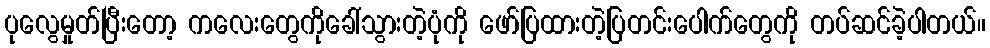
ပုလွေမှုတ်ပြီးတော့ ကလေးတွေကိုခေါ်သွားတဲ့ပုံကို ဖော်ပြထားတဲ့ပြတင်းပေါက်တွေကို တပ်ဆင်ခဲ့ပါတယ်။